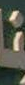
་